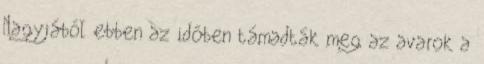
Nagyjából ebben az időben támadták meg az avarok a